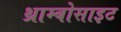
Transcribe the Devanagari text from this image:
थ्राम्बोसाइट